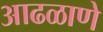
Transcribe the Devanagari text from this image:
आढळाणे